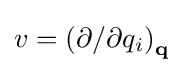
v=\left(\partial /\partial q_{i}\right)_{\mathbf {q} }